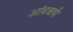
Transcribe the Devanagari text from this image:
आंबॠषी